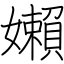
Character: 嬾